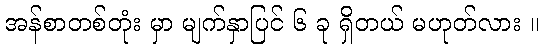
အန်စာတစ်တုံး မှာ မျက်နှာပြင် ၆ ခု ရှိတယ် မဟုတ်လား ။